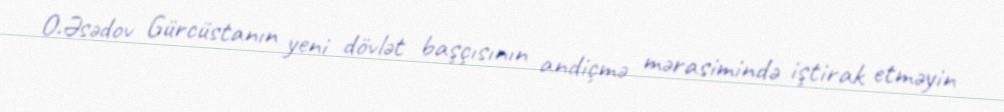
O.Əsədov Gürcüstanın yeni dövlət başçısının andiçmə mərasimində iştirak etməyin